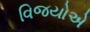
વિજયોએ